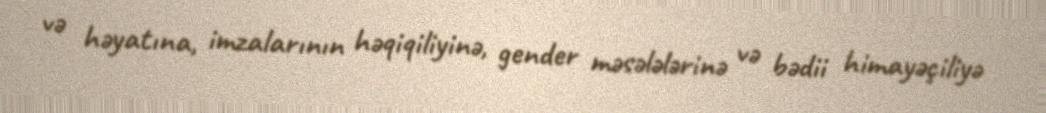
və həyatına, imzalarının həqiqiliyinə, gender məsələlərinə və bədii himayəçiliyə